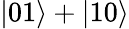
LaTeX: |01\rangle+|10\rangle